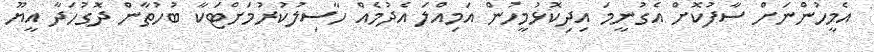
އެމީހުންނަށް ސާފުކޮށް އެގުނީމަ އިދިކޮޅުމީހުން އަމިއްލަ އެދުމެއް ހާސިލުކުރުމަށްޓަކާ ބުހުތާން ދޮގުހަދާ އީޔޫ